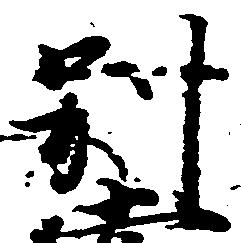
別